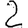
Digit: 2